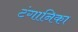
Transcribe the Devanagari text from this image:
टंगानिका